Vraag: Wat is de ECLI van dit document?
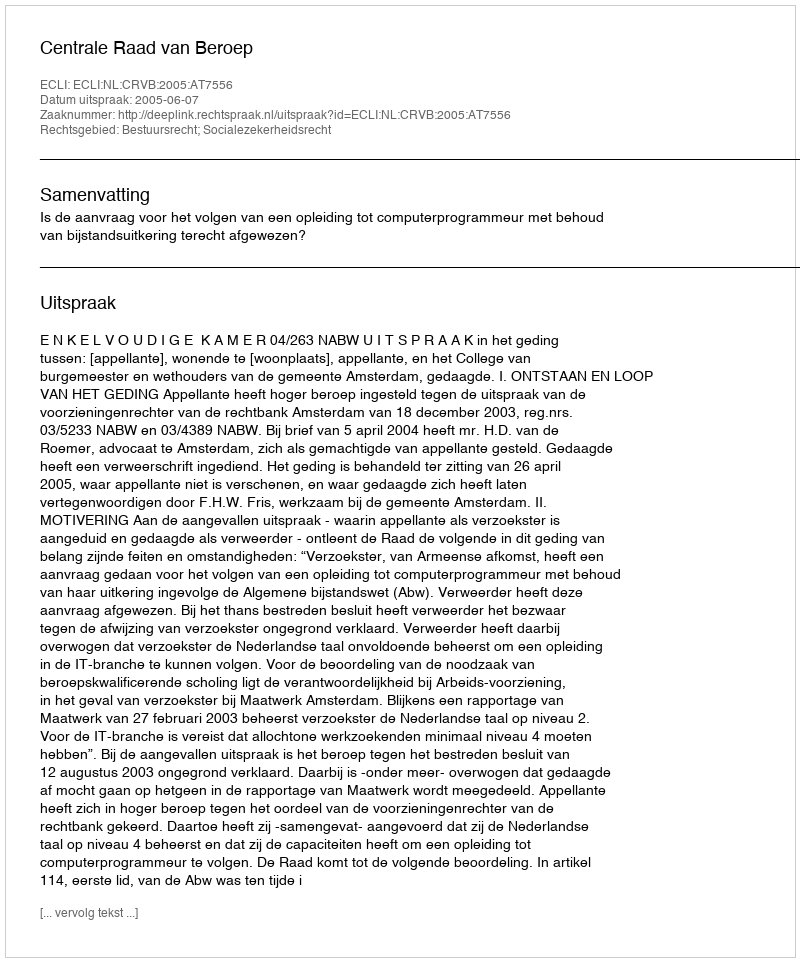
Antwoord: ECLI:NL:CRVB:2005:AT7556